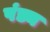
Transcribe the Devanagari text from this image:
पंड्य